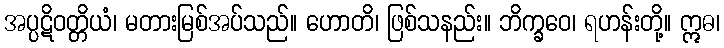
အပ္ပဋိဝတ္တိယံ၊ မတားမြစ်အပ်သည်။ ဟောတိ၊ ဖြစ်သနည်း။ ဘိက္ခဝေ၊ ရဟန်းတို့။ ဣဓ၊